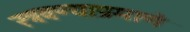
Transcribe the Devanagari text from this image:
स्त्रवण्याप्रमाणे